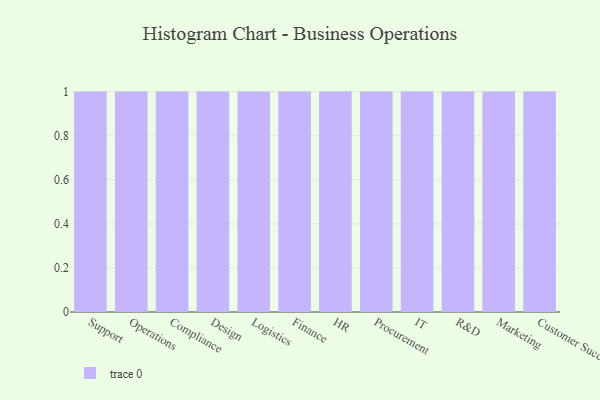
{"axis": {"x": "Department", "y": "Tickets Resolved"}, "legend": [""], "data": [{"x": "Support", "y": 58, "type": ""}, {"x": "Operations", "y": 89, "type": ""}, {"x": "Compliance", "y": 96, "type": ""}, {"x": "Design", "y": 92, "type": ""}, {"x": "Logistics", "y": 61, "type": ""}, {"x": "Finance", "y": 46, "type": ""}, {"x": "HR", "y": 50, "type": ""}, {"x": "Procurement", "y": 38, "type": ""}, {"x": "IT", "y": 74, "type": ""}, {"x": "R&D", "y": 43, "type": ""}, {"x": "Marketing", "y": 33, "type": ""}, {"x": "Customer Success", "y": 34, "type": ""}]}